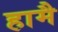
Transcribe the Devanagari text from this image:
हामै